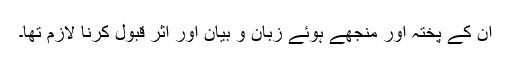
ان کے پختہ اور منجھے ہوئے زبان و بیان اور اثر قبول کرنا لازم تھا۔